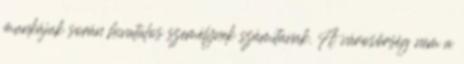
munkájuk során hivatalos személynek számítanak. A városőrség nem a